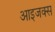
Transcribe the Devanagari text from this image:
आइजक्स